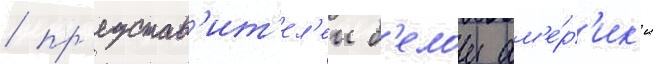
/ пр'едстав'ит'ел'еи б'елои ам'е́р'ик'и